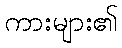
ကားများ၏